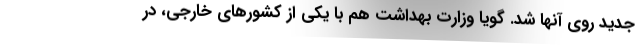
جدید روی آنها شد. گویا وزارت بهداشت هم با یکی از کشورهای خارجی، در